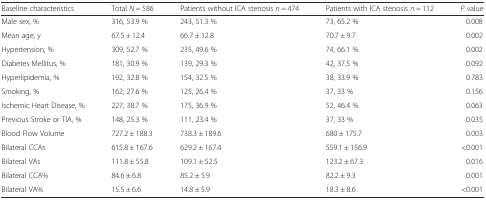
<table><thead><tr><td><b>Baseline characteristics</b></td><td><b>Total <i>N</i> = 586</b></td><td><b>Patients without ICA stenosis <i>n</i> = 474</b></td><td><b>Patients with ICA stenosis <i>n</i> = 112</b></td><td><b><i>P</i> value</b></td></tr></thead><tbody><tr><td>Male sex, %</td><td>316, 53.9 %</td><td>243, 51.3 %</td><td>73, 65.2 %</td><td>0.008</td></tr><tr><td>Mean age, y</td><td>67.5 ± 12.4</td><td>66.7 ± 12.8</td><td>70.7 ± 9.7</td><td>0.002</td></tr><tr><td>Hypertension, %</td><td>309, 52.7 %</td><td>235, 49.6 %</td><td>74, 66.1 %</td><td>0.002</td></tr><tr><td>Diabetes Mellitus, %</td><td>181, 30.9 %</td><td>139, 29.3 %</td><td>42, 37.5 %</td><td>0.092</td></tr><tr><td>Hyperlipidemia, %</td><td>192, 32.8 %</td><td>154, 32.5 %</td><td>38, 33.9 %</td><td>0.783</td></tr><tr><td>Smoking, %</td><td>162, 27.6 %</td><td>125, 26.4 %</td><td>37, 33 %</td><td>0.156</td></tr><tr><td>Ischemic Heart Disease, %</td><td>227, 38.7 %</td><td>175, 36.9 %</td><td>52, 46.4 %</td><td>0.063</td></tr><tr><td>Previous Stroke or TIA, %</td><td>148, 25.3 %</td><td>111, 23.4 %</td><td>37, 33 %</td><td>0.035</td></tr><tr><td>Blood Flow Volume</td><td>727.2 ± 188.3</td><td>738.3 ± 189.6</td><td>680 ± 175.7</td><td>0.003</td></tr><tr><td>Bilateral CCAs</td><td>615.8 ± 167.6</td><td>629.2 ± 167.4</td><td>559.1 ± 156.9</td><td>&lt;0.001</td></tr><tr><td>Bilateral VAs</td><td>111.8 ± 55.8</td><td>109.1 ± 52.5</td><td>123.2 ± 67.3</td><td>0.016</td></tr><tr><td>Bilateral CCA%</td><td>84.6 ± 6.8</td><td>85.2 ± 5.9</td><td>82.2 ± 9.3</td><td>0.001</td></tr><tr><td>Bilateral VA%</td><td>15.5 ± 6.6</td><td>14.8 ± 5.9</td><td>18.3 ± 8.6</td><td>&lt;0.001</td></tr></tbody></table>